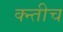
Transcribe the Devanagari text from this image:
क्न्तीच